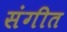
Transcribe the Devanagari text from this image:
संगीत